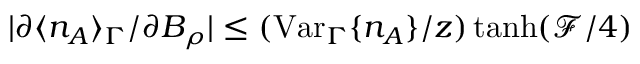
| \partial \langle n _ { A } \rangle _ { \Gamma } / \partial B _ { \rho } | \leq ( \mathrm { V a r } _ { \Gamma } \{ n _ { A } \} / z ) \operatorname { t a n h } ( \mathcal { F } / 4 )